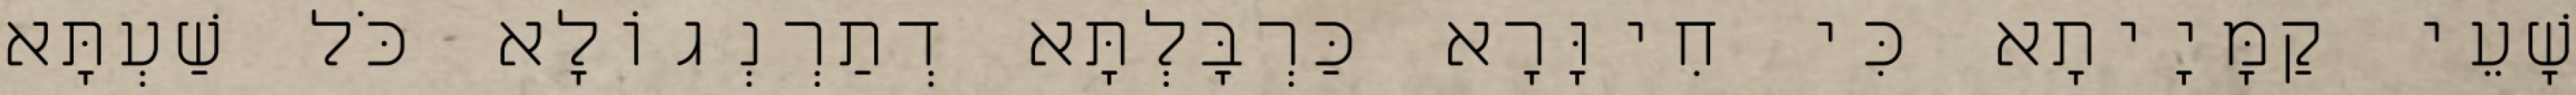
שָׁעֵי קַמָּיָיתָא כִּי חִיוָּרָא כַּרְבָּלְתָּא דְתַרְנְגוֹלָא כֹּל שַׁעְתָּא